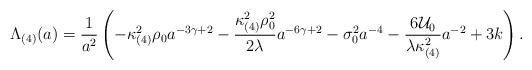
LaTeX: \begin{align*}\Lambda_{(4)}(a) = \frac{1}{a^{2}} \left( - \kappa_{(4)}^{2} \rho_{0}a^{-3\gamma +2} - \frac{\kappa_{(4)}^{2} \rho_{0}^{2}}{2\lambda}a^{-6\gamma +2} - \sigma_{0}^2 a^{-4} - \frac{6 {\cal U}_{0}}{\lambda \kappa_{(4)}^{2}}a^{-2} + 3k \right).\end{align*}